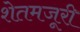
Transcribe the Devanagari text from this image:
शेतमजूरी